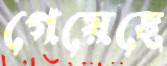
গেয়েছে